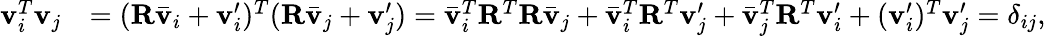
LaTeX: \begin{array}{rl}{\mathbf{v}_{i}^{T}\mathbf{v}_{j}}&{=(\mathbf{R}\bar{\mathbf{v}}_{i}+\mathbf{v}_{i}^{\prime})^{T}(\mathbf{R}\bar{\mathbf{v}}_{j}+\mathbf{v}_{j}^{\prime})=\bar{\mathbf{v}}_{i}^{T}\mathbf{R}^{T}\mathbf{R}\bar{\mathbf{v}}_{j}+\bar{\mathbf{v}}_{i}^{T}\mathbf{R}^{T}\mathbf{v}_{j}^{\prime}+\bar{\mathbf{v}}_{j}^{T}\mathbf{R}^{T}\mathbf{v}_{i}^{\prime}+(\mathbf{v}_{i}^{\prime})^{T}\mathbf{v}_{j}^{\prime}=\delta_{ij},}\end{array}